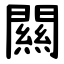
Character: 闗